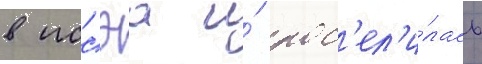
в иссэа и́ пос'ел'и́лась